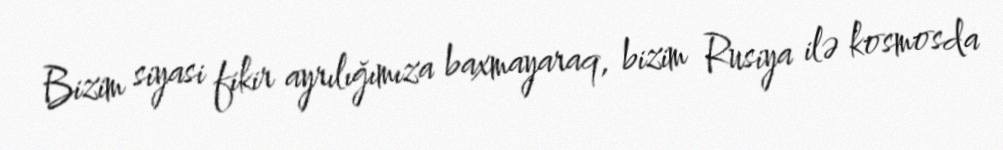
Bizim siyasi fikir ayrılığımıza baxmayaraq, bizim Rusiya ilə kosmosda